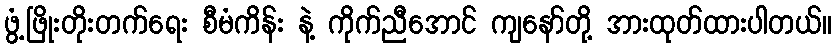
ဖွံ့ဖြိုးတိုးတက်ရေး စီမံကိန်း နဲ့ ကိုက်ညီအောင် ကျနော်တို့ အားထုတ်ထားပါတယ်။